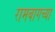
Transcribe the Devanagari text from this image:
रामबागच्या